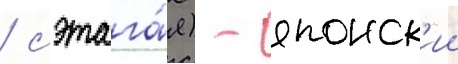
/ сэтага́я) - японск'ии